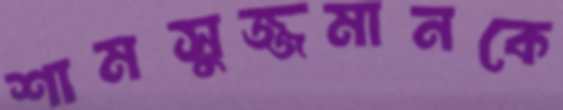
শামসুজ্জমানকে